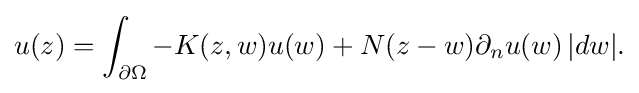
\displaystyle {u(z)=\int _{\partial \Omega }-K(z,w)u(w)+N(z-w)\partial _{n}u(w)\,|dw|.}